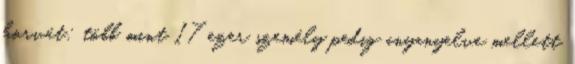
horvát; több mint 17 ezer személy pedig anyanyelve mellett